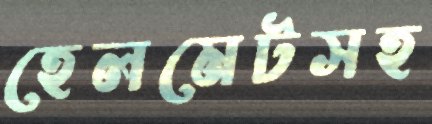
হেলমেটসহ